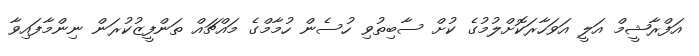
އަފްރާޝީމް އަލީ އަވަހާރަކޮށްލުމުގެ ކުށް ސާބިތުވި ހުސެން ހުމާމްގެ މައްޗައް ތަންފީޒުކުރަން ނިންމާފައިވާ